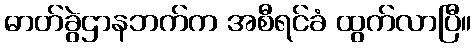
ဓာတ်ခွဲဌာနဘက်က အစီရင်ခံ ထွက်လာပြီ။